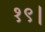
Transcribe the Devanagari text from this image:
१९।